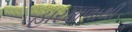
હારમાળાથી